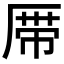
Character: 𱑞